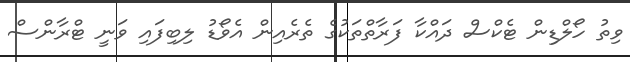
ވިތު ހޯލްޑިން ޓެކްސް ދައްކާ ފަރާތްތަކުގެ ތެރެއިން އެވޯޑު ލިބިފައި ވަނީ ޓްރާންސް